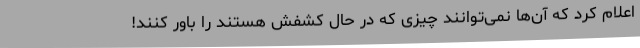
اعلام کرد که آن‌ها نمی‌توانند چیزی که در حال کشفش هستند را باور کنند!